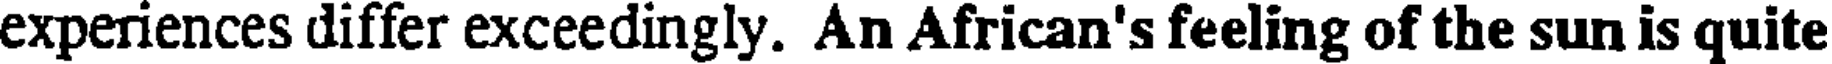
experiences differ exceedingly. An African's feeling of the sun is quite